Plague in India, 1896, 1897 - Volume 2
Year: 1896
Disease focus: Plague
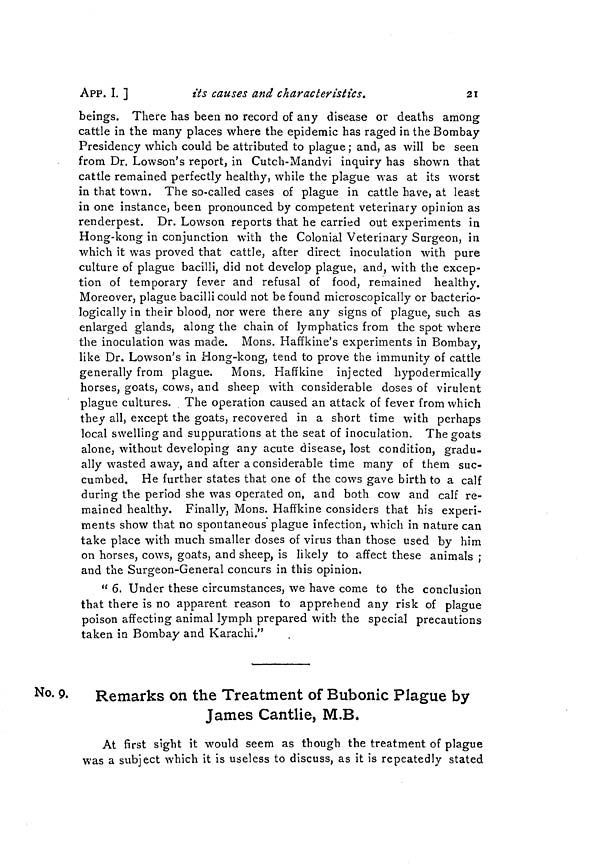
APP. I. ]
its
causes and characteristics.
21
beings. There has been no record of any disease or deaths among
cattle in the many places where the epidemic has raged in the Bombay
Presidency which could be attributed to plague ; and, as will be seen
from Dr. Lowson's report, in Cutch-Mandvi inquiry has shown that
cattle remained perfectly healthy, while the plague was at its worst
in that town. The so-called cases of plague in cattle have, at least
in one instance, been pronounced by competent veterinary opinion as
renderpest. Dr. Lowson reports that he carried out experiments in
Hong-kong in conjunction with the Colonial Veterinary Surgeon, in
which it was proved that cattle, after direct inoculation with pure
culture of plague bacilli, did not develop plague, and, with the excep-
tion of temporary fever and refusal of food, remained healthy.
Moreover, plague bacilli could not be found microscopically or bacterio-
logically in their blood, nor were there any signs of plague, such as
enlarged glands, along the chain of lymphatics from the spot where
the inoculation was made. Mons. Haffkine's experiments in Bombay,
like Dr. Lowson's in Hong-kong, tend to prove the immunity of cattle
generally from plague. Mons. Haffkine injected hypodermically
horses, goats, cows, and sheep with considerable doses of virulent
plague cultures. The operation caused an attack of fever from which
they all, except the goats, recovered in a short time with perhaps
local swelling and suppurations at the seat of inoculation. The goats
alone, without developing any acute disease, lost condition, gradu-
ally wasted away, and after a considerable time many of them suc-
cumbed. He further states that one of the cows gave birth to a calf
during the period she was operated on, and both cow and calf re-
mained healthy. Finally, Mons. Haffkine considers that his experi-
ments show that no spontaneous plague infection, which in nature can
take place with much smaller doses of virus than those used by him
on horses, cows, goats, and sheep, is likely to affect these animals ;
and the Surgeon-General concurs in this opinion.
" 6. Under these circumstances, we have come to the conclusion
that there is no apparent reason to apprehend any risk of plague
poison affecting animal lymph prepared with the special precautions
taken in Bombay and Karachi."
No. 9.
Remarks on the Treatment of Bubonic Plague by
James Cantlie, M.B.
At first sight it would seem as though the treatment of plague
was a subject which it is useless to discuss, as it is repeatedly stated